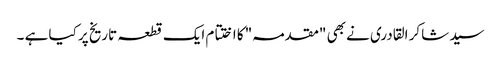
سید شاکر القادری نے بھی "مقدمہ" کا اختتام ایک قطعہ تاریخ پر کیا ہے ۔